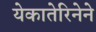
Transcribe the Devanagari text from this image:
येकातेरिनेने